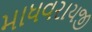
માધવરાયજી